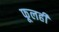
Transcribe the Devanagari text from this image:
फूलही